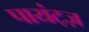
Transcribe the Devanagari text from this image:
पायंट्ज़